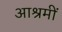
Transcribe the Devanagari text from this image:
आश्रमीं